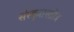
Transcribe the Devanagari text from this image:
संस्कृतस्तोत्र